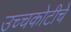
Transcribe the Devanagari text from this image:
उच्चकोटीचे